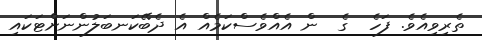
ތެރިވިއެވެ. ފަހެ  ގެ  ން އެއްވެސްކަމެއް އެ ދެބޭކަނބަލުންނަށްޓަކައި